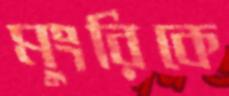
মুংরিকে